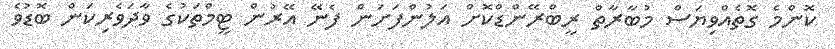
ކޮންމެ ގޮތެއްވިޔަސް މުބާރާތް ރީބްރޭންޑްކޮށް އަލުންފަށަން ފެނޭ އޭރުން ޓީމްތަކުގެ ވާދަވެރިކަން ބޮޑުވެ